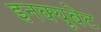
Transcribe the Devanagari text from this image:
इनक्यूबेट